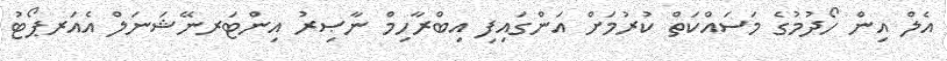
އެލް އިން ހޯދުމުގެ މަސައްކަތް ކުރުމަށް އަންގައިފި އިބްރާހިމް ނާޞިރު އިންޓަރނޭޝަނަލް އެއަރޕޯޓު